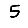
Digit: 5